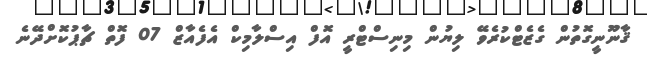
ޤާނޫނީގޮތުން ގެޒެޓްކުރެވޭ ލިޔުން މިނިސްޓްރީ އޮފް އިސްލާމިކް އެފެއާޒް 07 ފޮތް ޗާޕުކޮށްދޭނެ